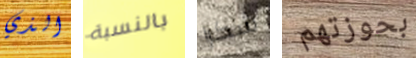
الذي بالنسبة شكرا بحوزتهم